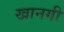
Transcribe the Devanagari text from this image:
खानगी